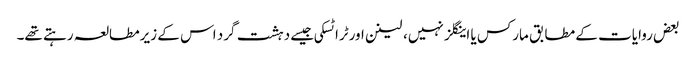
بعض روایات کے مطابق مارکس یا اینگلز نہیں، لینن اورٹرا ٹسکی جیسے دہشت گرد اس کے زیرمطالعہ رہتے تھے۔